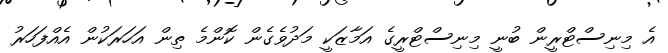
އެ މިނިސްޓްރީން ބުނީ މިނިސްޓްރީގެ އަމާޒަކީ މަދުވެގެން ކޮންމެ ތިން އަހަރަކުން އެއްފަހަރު